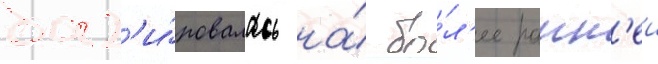
баз'и́ровалась на́ бо́л'ее ранн'еи